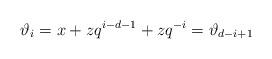
LaTeX: \begin{align*}\vartheta_i = x+zq^{i-d-1} + zq^{-i} = \vartheta_{d-i+1}\end{align*}